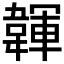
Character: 韗